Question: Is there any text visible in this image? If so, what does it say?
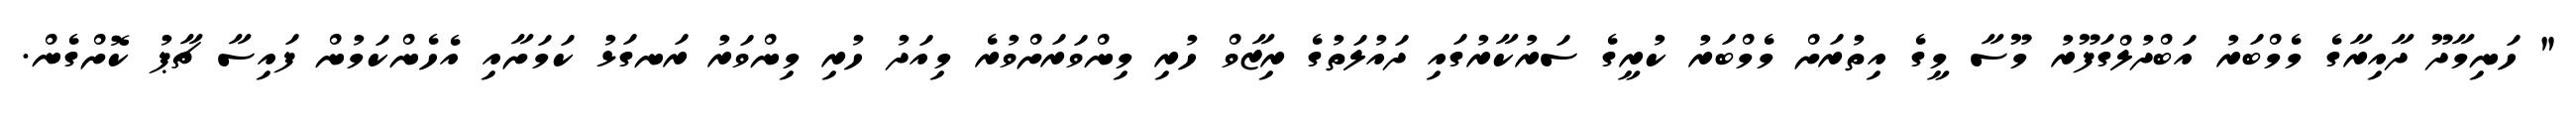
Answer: " ހަނިމާދޫ ދާއިރާގެ މެމްބަރު އަބްދުލްގަފޫރު މޫސާ މީގެ އިތުރަށް މެމްބަރު ކުރީގެ ސަރުކާރުގައި ދައުލަތުގެ ރިޒާވް ހުރި މިންވަރަށްވުރެ މިއަދު ހުރި މިންވަރު ރަނގަޅު ކަމަށާއި އެހެންކަމުން ފައިސާ ޗާޕު ކޮށްގެން.